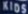
KIDS